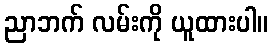
ညာဘက် လမ်းကို ယူထားပါ။